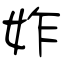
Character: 妰